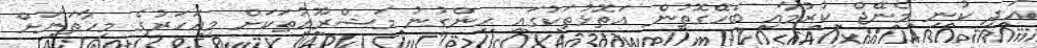
އަދި ކުނި މެނޭޖް ކުރުމާއި ބެހޭގޮތުން އަތޮޅުތަކުގައި ހިންގުނު މަޝްރޫއުތަކަށް މިއަހަރުގެ މިހާތަނަށް